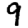
Digit: 9